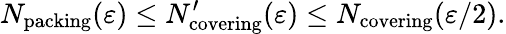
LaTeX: N_{\mathrm{packing}}(\varepsilon)\leq N_{\mathrm{covering}}^{\prime}(\varepsilon)\leq N_{\mathrm{covering}}(\varepsilon/2).